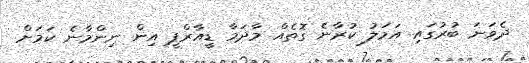
ދެވަނަ ބުރުގައި އަމަލު ކުރާނެ ގޮތެއް މާދަމާ ޑީއާރްޕީ އިން ނިންމާނެ ކަމަށް